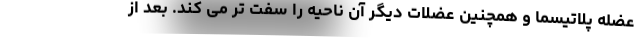
عضله پلاتیسما و همچنین عضلات دیگر آن ناحیه را سفت تر می کند. بعد از